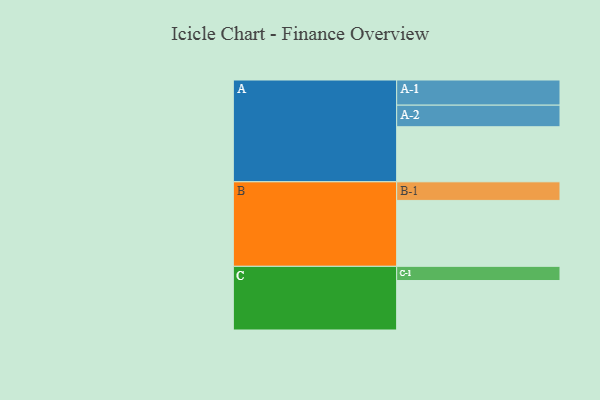
{"axis": {"x": "Segment", "y": "Value"}, "legend": ["", "A", "B", "C"], "data": [{"x": "A", "y": 462, "type": ""}, {"x": "B", "y": 553, "type": ""}, {"x": "C", "y": 415, "type": ""}, {"x": "A-1", "y": 211, "type": "A"}, {"x": "A-2", "y": 181, "type": "A"}, {"x": "B-1", "y": 156, "type": "B"}, {"x": "C-1", "y": 119, "type": "C"}]}